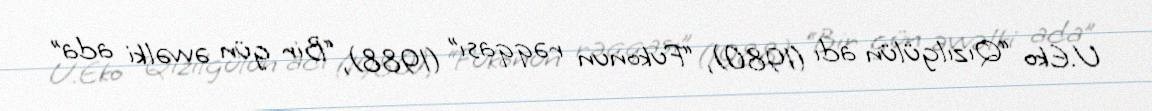
U.Eko “Qızılgülün adı (1980), “Fukonun rəqqası” (1988), “Bir gün əvvəlki ada”